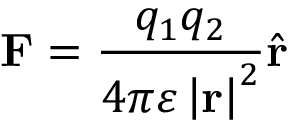
\mathbf { F } = { \frac { q _ { 1 } q _ { 2 } } { 4 \pi \varepsilon \left| \mathbf { r } \right| ^ { 2 } } } { \hat { \mathbf { r } } }